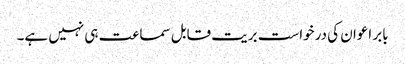
بابر اعوان کی درخواست بریت قابل سماعت ہی نہیں ہے۔